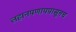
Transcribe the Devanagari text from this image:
लहानपणापपासूनच